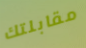
مقابلتك